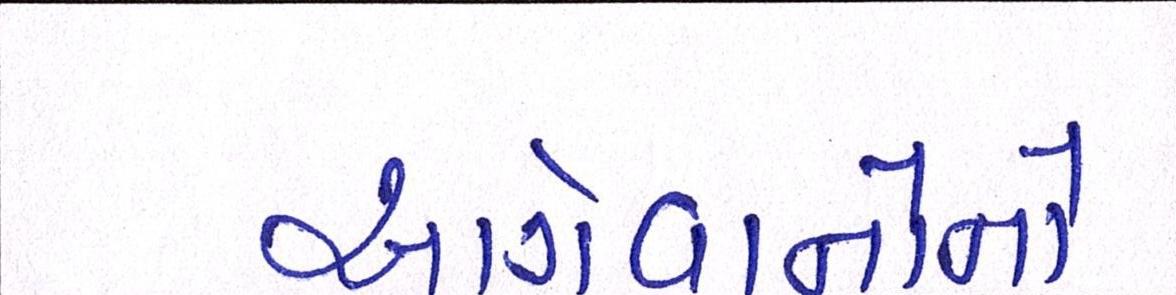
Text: આગેવાનોનો